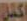
اكمل